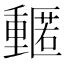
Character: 𮡡